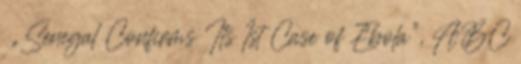
↑ „Senegal Confirms Its 1st Case of Ebola”, ABC